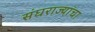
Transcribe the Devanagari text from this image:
संघराज्यांचा